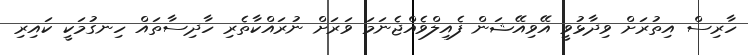
ހާރިސް އިތުރަށް ވިދާޅުވީ އޭވިއޭޝަން ފެއިލްވެއްޖެނަމަ ވަރަށް ނުރައްކާތެރި ހާދިސާތައް ހިނގުމަކީ ކައިރި